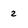
Character: 2